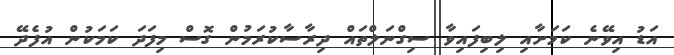
އަޑު އިވޭނެ ކަމަށާއި ލިބިފައިވާ ސިގްނަލްތައް ދިރާސާކުރަމުން ގޮސް މިފަދަ ކަމަކުން އުފެދޭ